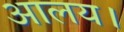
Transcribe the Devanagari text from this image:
आलय।